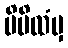
မိမိထံမှ